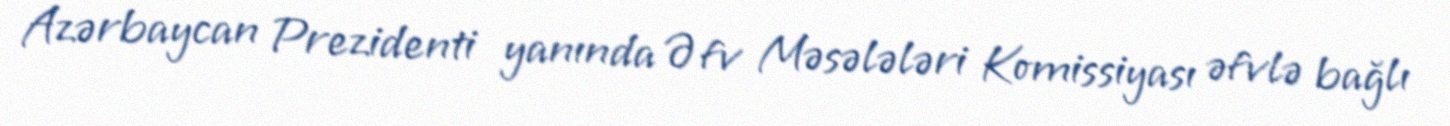
Azərbaycan Prezidenti yanında Əfv Məsələləri Komissiyası əfvlə bağlı